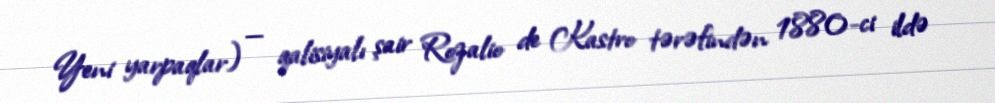
Yeni yarpaqlar) — qalisiyalı şair Rozalio de Kastro tərəfindən 1880-ci ildə